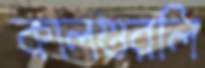
কালগুরলি